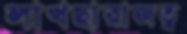
লাখছারাজত্ব